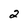
Character: 2